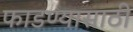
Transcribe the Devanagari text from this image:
फाडण्यासाठी